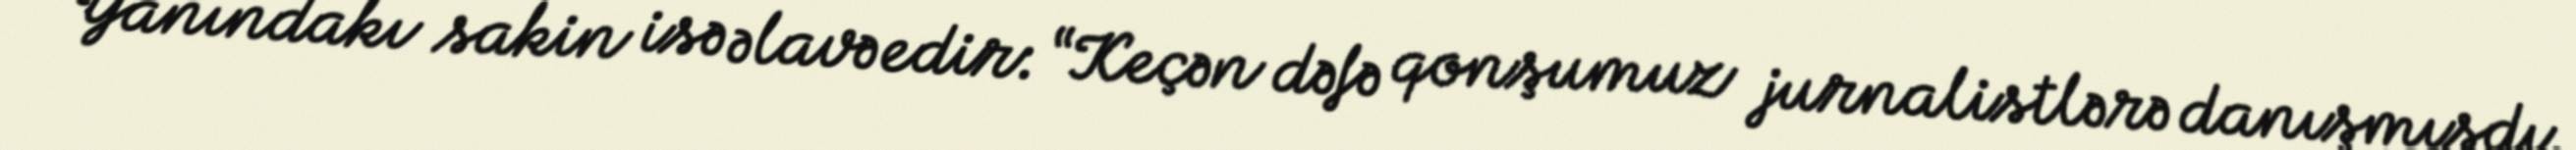
Yanındakı sakin isə əlavə edir: “Keçən dəfə qonşumuz jurnalistlərə danışmışdı.